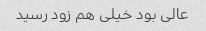
عالی بود خیلی هم زود رسید